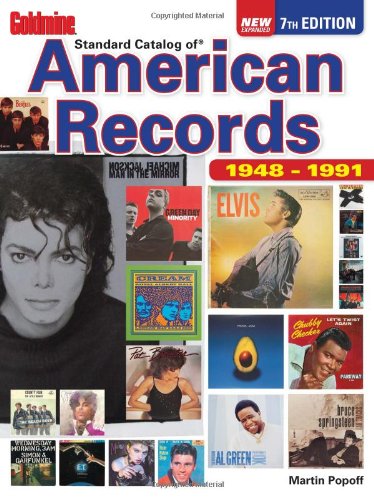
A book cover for Goldmine Standard Catalog of American Records 1948-1991; Martin Popoff; Crafts, Hobbies & Home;